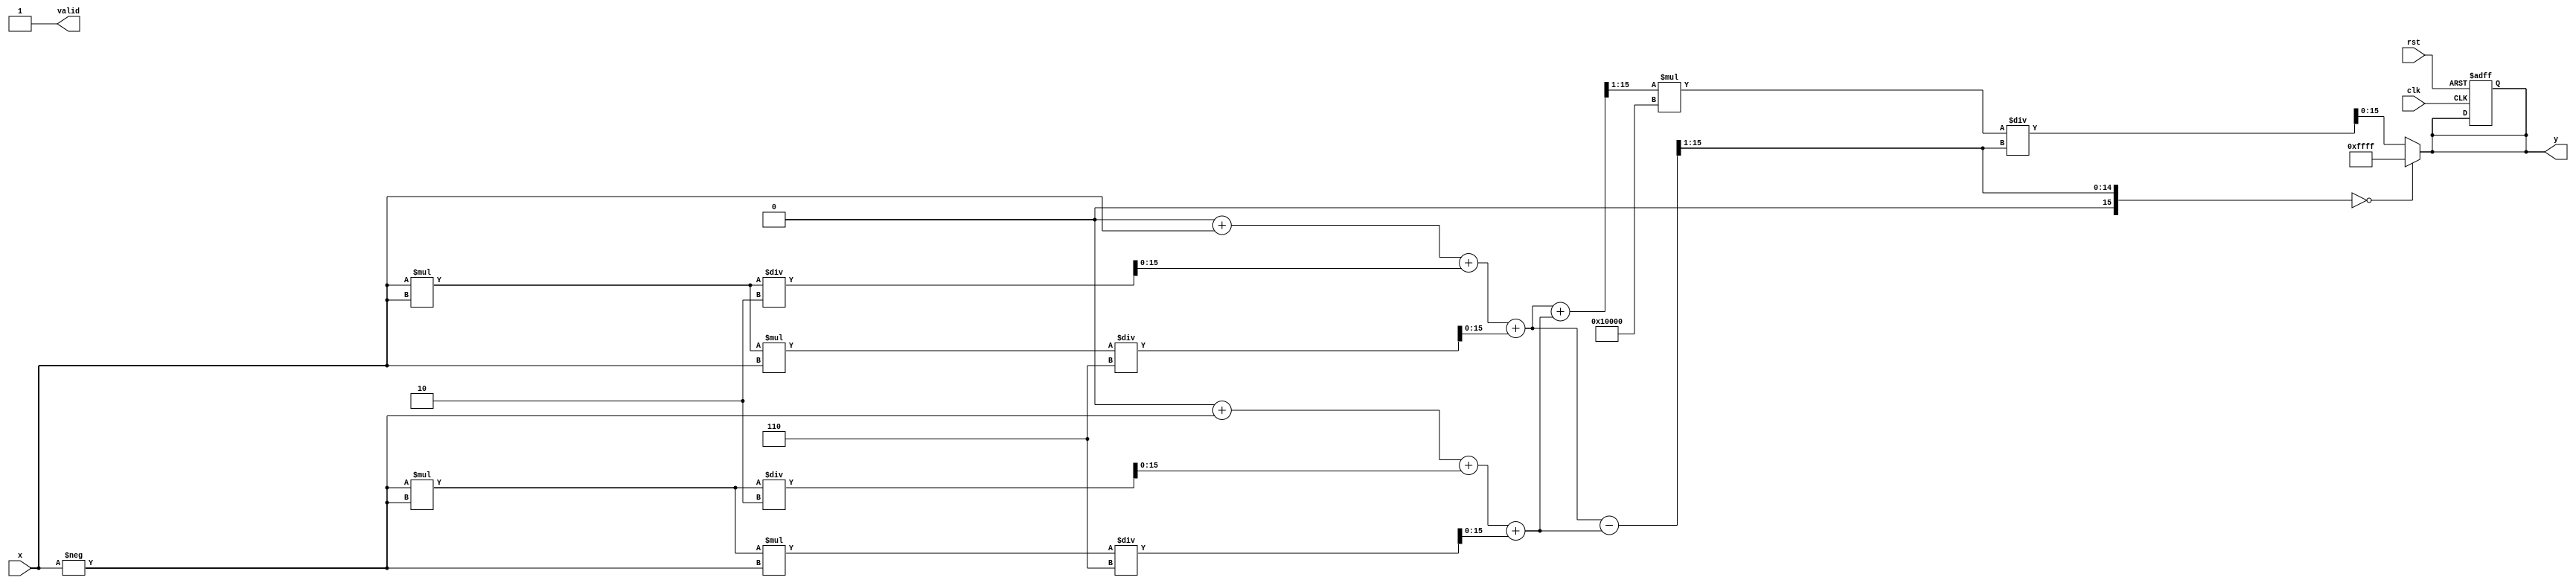
module hyperbolic_coth #(
    parameter N = 16,  // Total bits for input (n + m)
    parameter P = 16,  // Total bits for output (p + q)
    parameter M = 16   // Fractional bits
)(
    input wire clk,
    input wire rst,
    input wire [N-1:0] x,  // Fixed-point input
    output reg [P-1:0] y,   // Fixed-point output
    output reg valid         // Output valid signal
);
    
    // Internal signals
    wire [N-1:0] exp_x;     // e^X
    wire [N-1:0] exp_neg_x; // e^-X
    wire [N-1:0] cosh_x;    // cosh(X)
    wire [N-1:0] sinh_x;    // sinh(X)
    reg [N-1:0] coth_x;     // coth(X)

    // Approximate e^X using a polynomial (e.g., Taylor series)
    function [N-1:0] exp_approx;
        input [N-1:0] x;
        begin
            exp_approx = (1 << M) + x + (x * x) / 2 + (x * x * x) / 6; // Simplified Taylor series
        end
    endfunction

    // Compute e^X and e^-X
    assign exp_x = exp_approx(x);
    assign exp_neg_x = exp_approx(-x); // For simplicity, negate input for e^-X calculation

    // Compute hyperbolic functions
    assign cosh_x = (exp_x + exp_neg_x) >> 1; // cosh(X) = (e^X + e^-X) / 2
    assign sinh_x = (exp_x - exp_neg_x) >> 1; // sinh(X) = (e^X - e^-X) / 2

    // Compute coth(X) = cosh(X) / sinh(X)
    always @(*) begin
        if (sinh_x == 0) begin
            y = {P{1'b1}}; // Set to max value (infinity) if sinh(x) is 0
            valid = 1'b1;
        end else begin
            coth_x = cosh_x * (1 << M) / sinh_x; // Scale to fixed-point
            y = coth_x;
            valid = 1'b1;
        end
    end

    // Reset logic
    always @(posedge clk or posedge rst) begin
        if (rst) begin
            y <= 0;
            valid <= 1'b0;
        end
    end

endmodule